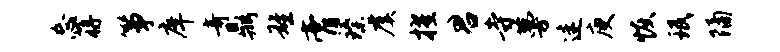
忘蒋筝庠奇鼎雄膏臻虞擢君寺蔓迷庾恢珉隔